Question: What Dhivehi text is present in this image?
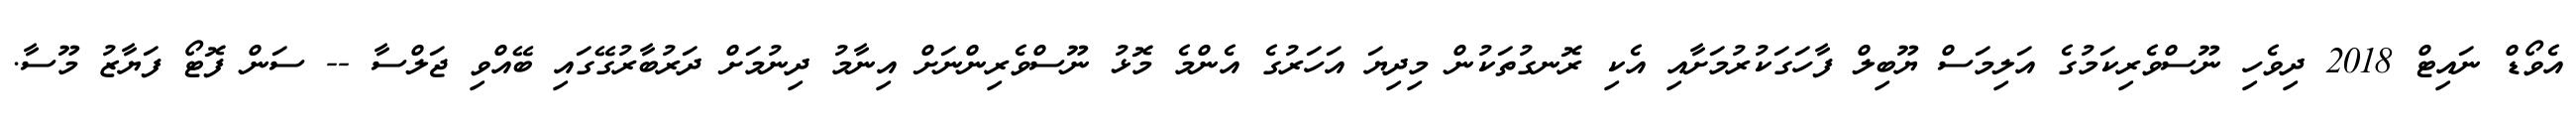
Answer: އެވޯޑް ނައިޓް 2018 ދިވެހި ނޫސްވެރިކަމުގެ އަލިމަސް ޔޫބިލް ފާހަގަކުރުމަށާއި އެކި ރޮނގުތަކުން މިދިޔަ އަހަރުގެ އެންމެ މޮޅު ނޫސްވެރިންނަށް އިނާމު ދިނުމަށް ދަރުބާރުގޭގައި ބޭއްވި ޖަލްސާ -- ސަން ފޮޓޯ ފަޔާޒު މޫސާ.